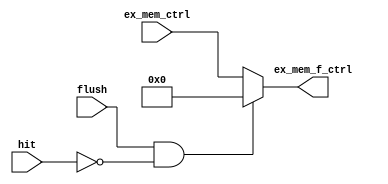
module EX_MEM_FLUSH
(
    input           flush           ,
    input           hit             ,
    input   [4:0]   ex_mem_ctrl     ,

    output  [4:0]   ex_mem_f_ctrl
);

    assign ex_mem_f_ctrl = (flush && !hit) ? 5'b0 : ex_mem_ctrl;
    
endmodule